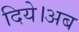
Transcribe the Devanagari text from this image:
दिये।अब